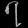
Digit: ၇